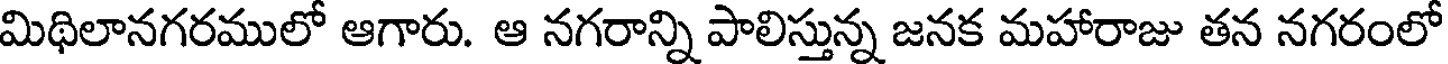
మిథిలానగరములో ఆగారు. ఆ నగరాన్ని పాలిస్తున్న జనక మహారాజు తన నగరంలో